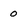
Character: 0